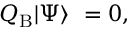
Q _ { \mathrm { B } } | \Psi \rangle \ = 0 ,